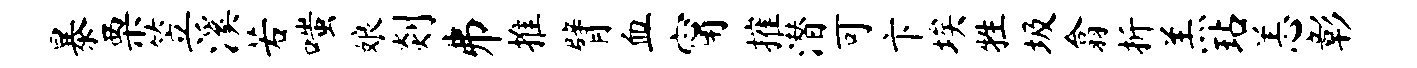
暴栗笠溪若嗤娘剡井推臂血甯摧潜可卞埃牲圾翕折羔玷恙彰